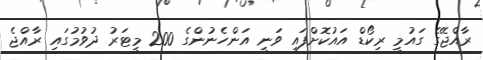
ރާއްޖޭގެ ގައުމީ ރިކޯޑް އައުކޮށްފައި ވަނީ އަންހެނުންގެ 200 މީޓަރު ދުވުމުގައި ރާއްޖެ